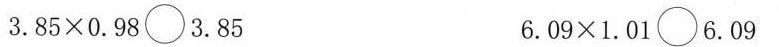
3. $$8 5 \times 0 . 9 8 \circ 3 . 8 5$$ $$6 . 0 9 \times 1 . 0 1 \circ 6 . 0 9$$